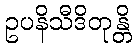
ဥပနိသီဒိတုန္တိ